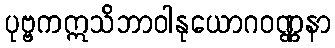
ပုဗ္ဗကဣသိဘာဝါနုယောဂဝဏ္ဏနာ